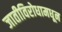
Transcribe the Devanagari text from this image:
जातीविरोधामधून